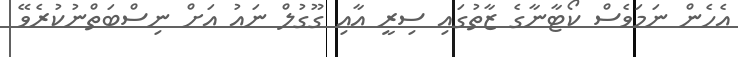
އެހެން ނަމަވެސް ކޯޓާނާގެ ޒާތުގައި ސިރީ އާއި ގޫގުލް ނައު އަށް ނިސްބަތްނުކުރެވޭ